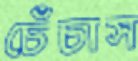
চেঁচাস